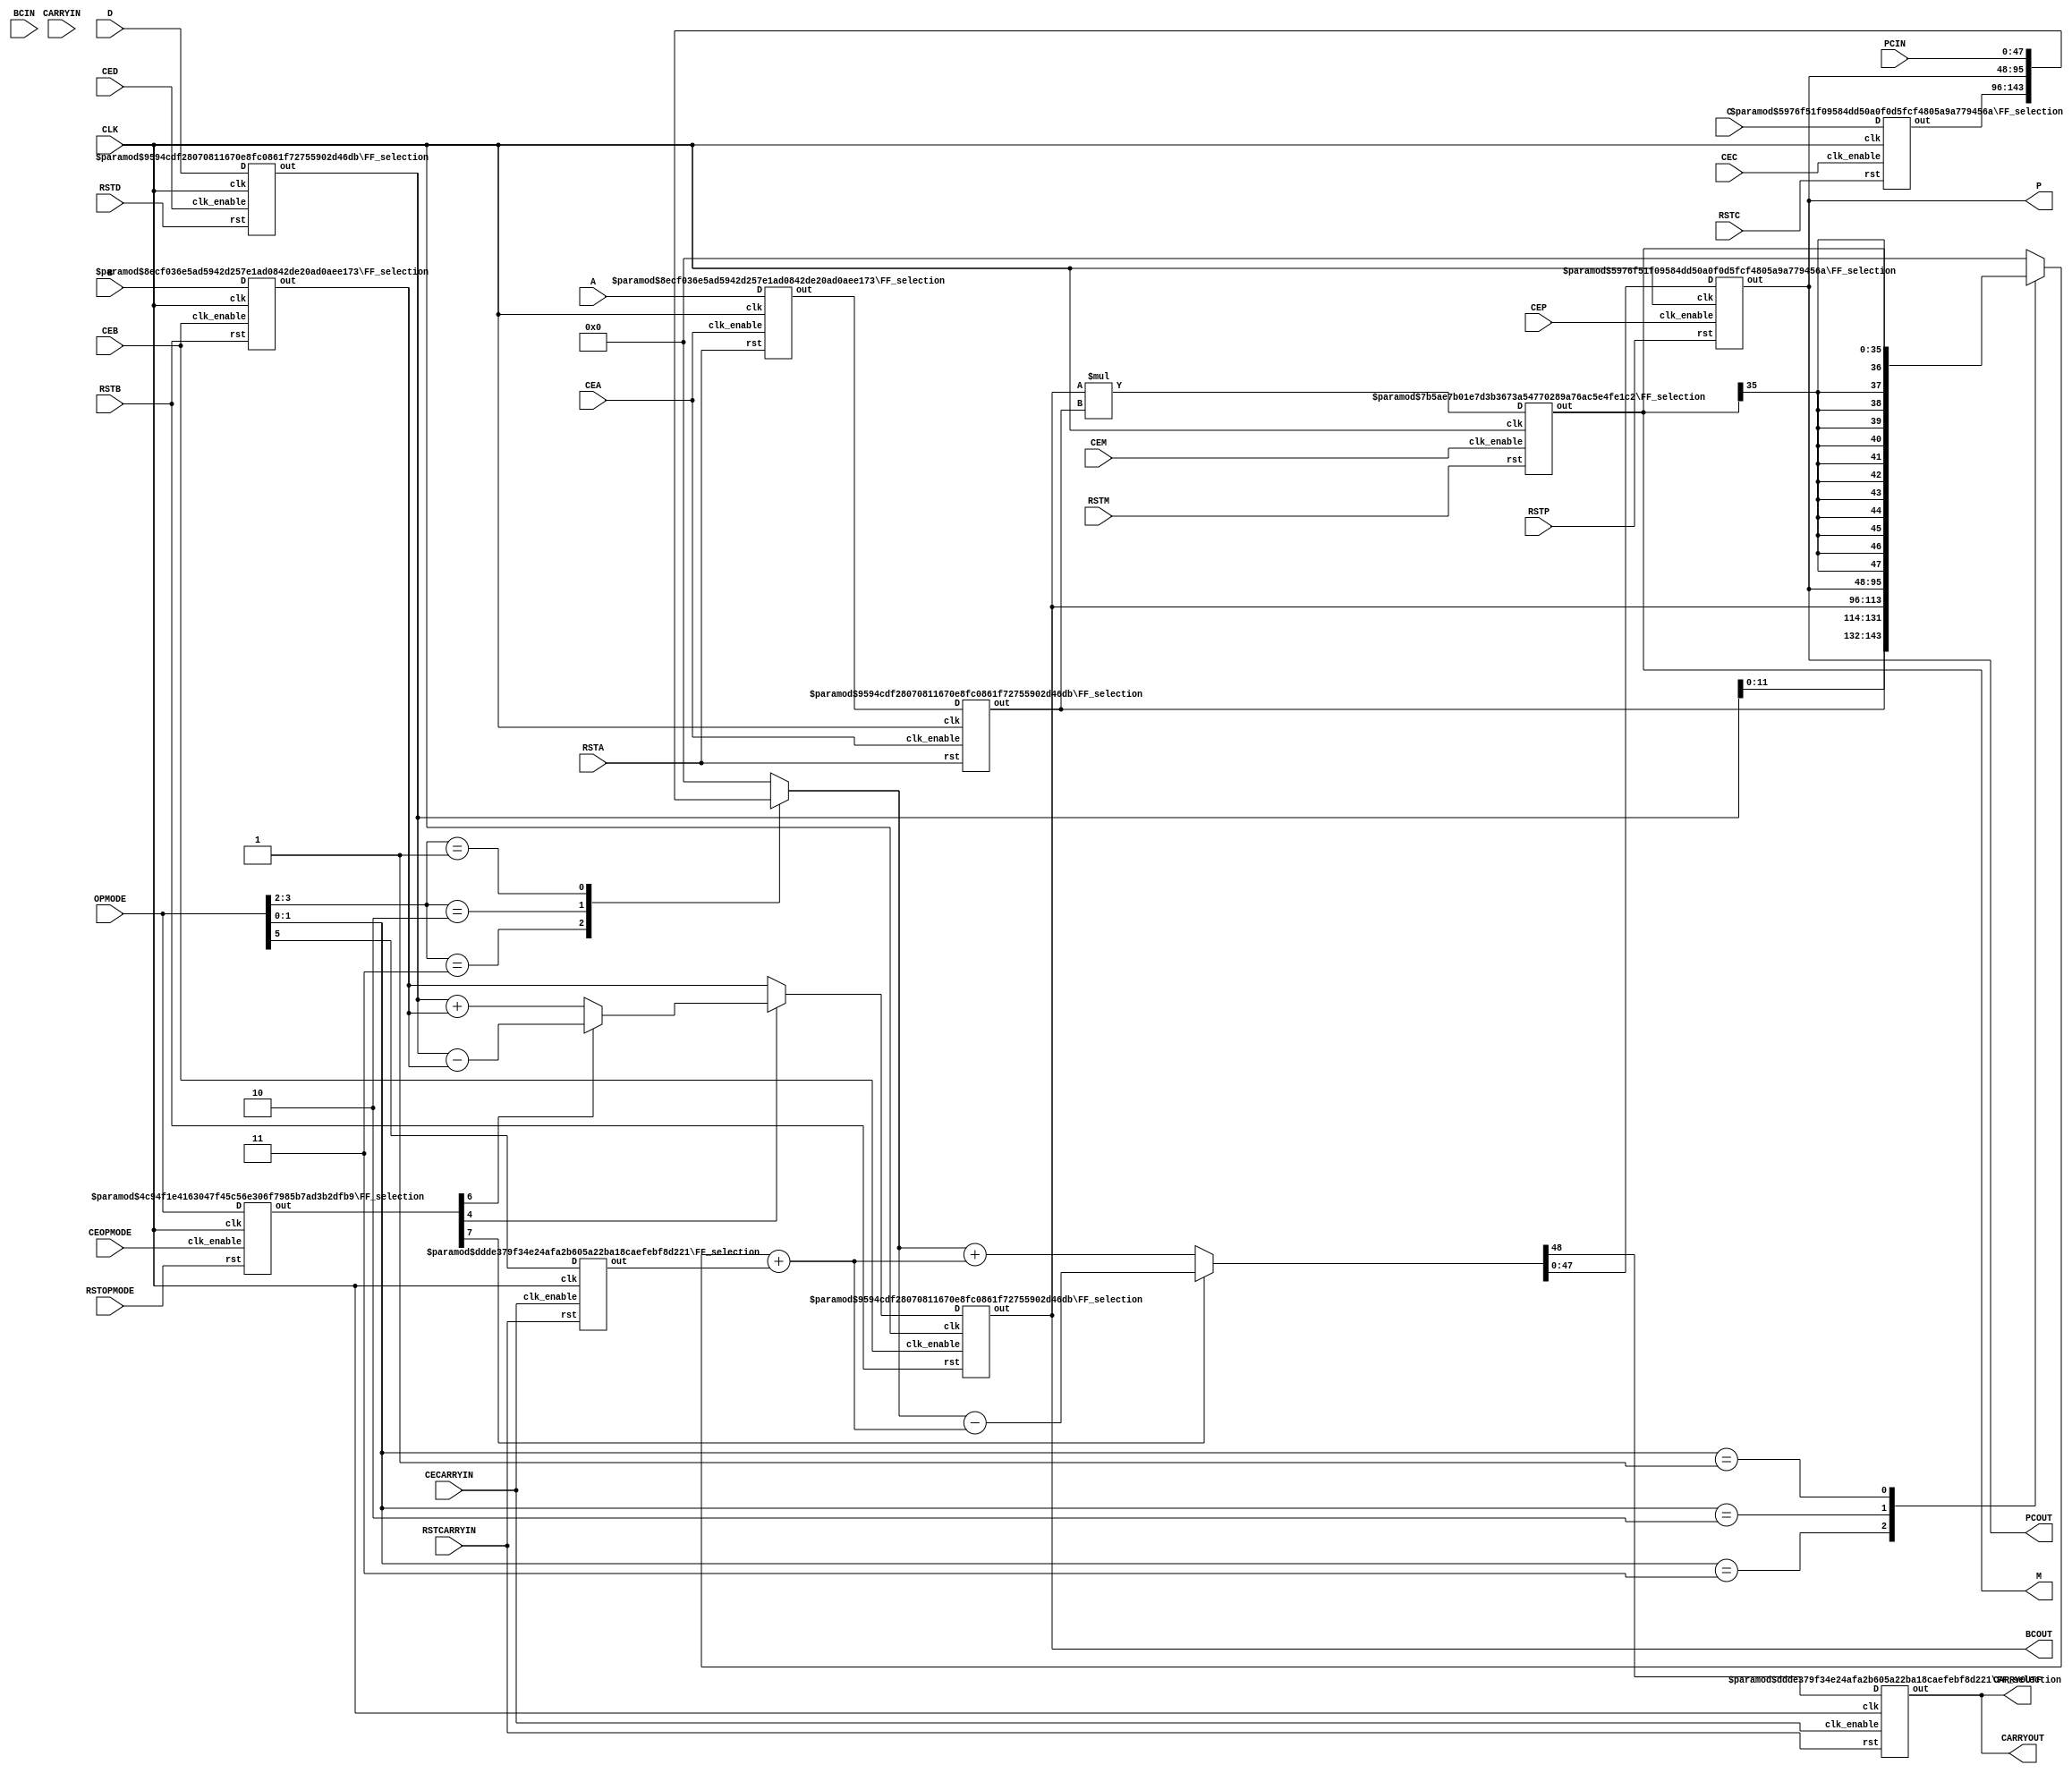
module DSP_block(
    A, B, C, D, BCIN, CARRYIN, OPMODE, CLK,
    RSTA, RSTB, RSTC, RSTD, RSTP, RSTM, RSTCARRYIN, RSTOPMODE,
    CEA, CEB, CEC, CED, CEP, CEM, CECARRYIN, CEOPMODE,
    BCOUT, PCIN, PCOUT, P, M, CARRYOUT, CARRYOUTF
);
parameter A0REG=0, A1REG=1, B0REG=0, B1REG=1, CREG=1, DREG=1, MREG=1, PREG=1, CARRYINREG=1, CARRYOUTREG=1, OPMODEREG=1;
parameter CARRYINSEL = "OPMODE5", BINPUT = "DIRECT", RSTTYPE = "SYNCH";
input [17:0] A, B, D, BCIN;
input [47:0] C, PCIN;
input [7:0] OPMODE;
input CARRYIN, CLK,
    RSTA, RSTB, RSTC, RSTD, RSTP, RSTM, RSTCARRYIN, RSTOPMODE,
    CEA, CEB, CEC, CED, CEP, CEM, CECARRYIN, CEOPMODE;
output [47:0] PCOUT, P;
output [17:0] BCOUT;
output [35:0] M;
output CARRYOUT, CARRYOUTF;
wire [17:0] path_A0, path_B0, path_A1, path_B1, path_D;
wire [47:0] path_C, D_A_B_concatenated, Post_adder_subtracter;
wire [7:0] path_OPMODE;
wire [17:0] Pre_adder_subtracter, Pre_adder_subtracter_priority;
wire [35:0] multiplier_out;
wire [35:0] path_MULTIPLIER;
reg [17:0] cascaded_B;
reg [47:0] path_MUX_X, path_MUX_Z;
reg cascaded_carry_in;
wire cascaded_carry_out, path_CIN;

always @(*) begin
    if (BINPUT == "DIRECT") begin
        cascaded_B = B;
    end
    else if (BINPUT == "CASCADE") begin
        cascaded_B = BCIN;
    end
    else cascaded_B = 0;
end

FF_selection #(RSTTYPE, 18, A0REG) A0_FF_selection(CLK, RSTA, CEA, A, path_A0);
FF_selection #(RSTTYPE, 18, B0REG) B0_FF_selection(CLK, RSTB, CEB, cascaded_B, path_B0);
FF_selection #(RSTTYPE, 18, DREG) D_FF_selection(CLK, RSTD, CED, D, path_D);
FF_selection #(RSTTYPE, 48, CREG) C_FF_selection(CLK, RSTC, CEC, C, path_C);
FF_selection #(RSTTYPE, 8, OPMODEREG) OPMODE_FF_selection(CLK, RSTOPMODE, CEOPMODE, OPMODE, path_OPMODE);

assign Pre_adder_subtracter = (path_OPMODE[6]) ? (path_D - path_B0) : (path_D + path_B0);
assign Pre_adder_subtracter_priority = (path_OPMODE[4]) ? (Pre_adder_subtracter) : (path_B0);

FF_selection #(RSTTYPE, 18, A1REG) A1_FF_selection(CLK, RSTA, CEA, path_A0, path_A1);
FF_selection #(RSTTYPE, 18, B1REG) B1_FF_selection(CLK, RSTB, CEB, Pre_adder_subtracter_priority, path_B1);

assign BCOUT = path_B1;
assign D_A_B_concatenated = {path_D[11:0], path_A1, path_B1};
assign multiplier_out = path_B1 * path_A1;

FF_selection #(RSTTYPE, 36, MREG) MULT_FF_selection(CLK, RSTM, CEM, multiplier_out, path_MULTIPLIER);
assign M = path_MULTIPLIER;

always @(*) begin
    case (OPMODE[1:0])
        2'b11: path_MUX_X = D_A_B_concatenated;
        2'b10: path_MUX_X = P;
        2'b01: path_MUX_X = {{12{path_MULTIPLIER[35]}}, path_MULTIPLIER};
        default: path_MUX_X = 0;
    endcase
    case (OPMODE[3:2])
        2'b11: path_MUX_Z = path_C;
        2'b10: path_MUX_Z = P;
        2'b01: path_MUX_Z = PCIN;
        default: path_MUX_Z = 0;
    endcase
end

always @(*) begin
    if (CARRYINSEL == "OPMODE5") begin
        cascaded_carry_in = OPMODE[5];
    end
    else if (CARRYINSEL == "CARRYIN") begin
        cascaded_carry_in = CARRYIN;
    end
    else cascaded_carry_in = 0;
end

FF_selection #(RSTTYPE, 1, CARRYINREG) CIN_FF_selection(CLK, RSTCARRYIN, CECARRYIN, cascaded_carry_in, path_CIN);
assign {cascaded_carry_out, Post_adder_subtracter} = (path_OPMODE[7]) ? (path_MUX_Z - (path_MUX_X + path_CIN)) : (path_MUX_Z + (path_MUX_X + path_CIN));

FF_selection #(RSTTYPE, 48, PREG) P_FF_selection(CLK, RSTP, CEP, Post_adder_subtracter, P);
FF_selection #(RSTTYPE, 1, CARRYOUTREG) COUT_FF_selection(CLK, RSTCARRYIN, CECARRYIN, cascaded_carry_out, CARRYOUT);

assign PCOUT = P;
assign CARRYOUTF = CARRYOUT;
endmodule

module FF_selection (clk, rst, clk_enable, D, out);
parameter RSTTYPE = "SYNCH";
parameter WIDTH = 18;
parameter REG = 1;
input clk, rst, clk_enable;
input [WIDTH-1:0] D;
output reg [WIDTH-1:0] out;
reg [WIDTH-1:0] Q;

generate
    if (RSTTYPE == "SYNCH") begin
        always @(posedge clk) begin
            if (rst)
                Q <= 0;
            else if (clk_enable)
                Q <= D;
        end
    end
    else if (RSTTYPE == "ASYNCH") begin
        always @(posedge clk or posedge rst) begin
            if (rst)
                Q <= 0;
            else if (clk_enable)
                Q <= D;
        end
    end
endgenerate

always @(*) begin
    if (REG)
        out = Q;
    else
        out = D;
end
endmodule